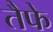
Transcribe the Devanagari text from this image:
तैफे